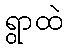
ရွာထဲ